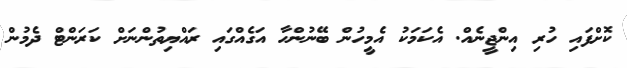
ކޮށްފައި ހުރި އިންޖީނެއް. އެކަމަކު އެމީހުން ބޭނުންހާ އަގެއްގައި ރައްޔިތުންނަށް ކަރަންޓް ދެމުން